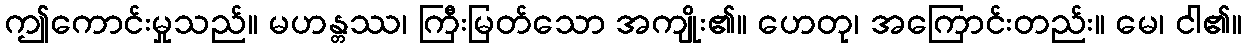
ဤကောင်းမှုသည်။ မဟန္တဿ၊ ကြီးမြတ်သော အကျိုး၏။ ဟေတု၊ အကြောင်းတည်း။ မေ၊ ငါ၏။